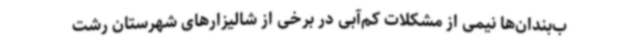
ب‌بندان‌ها نیمی از مشکلات کم‌آبی در برخی از شالیزارهای شهرستان رشت